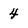
Character: 4